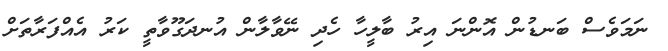
ނަމަވެސް ބަނޑުން އޮންނަ އިރު ބާލީހާ ހެދި ނޭވާލާން އުނދަގޫވާތީ ކަރު އެއްފަރާތަށް